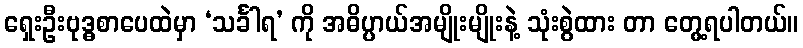
ရှေးဦးဗုဒ္ဓစာပေထဲမှာ ‘သင်္ခါရ’ ကို အဓိပ္ပာယ်အမျိုးမျိုးနဲ့ သုံးစွဲထား တာ တွေ့ရပါတယ်။